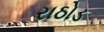
રાઠોડ